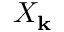
X _ { \mathbf { k } }